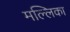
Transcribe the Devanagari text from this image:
मल्‍लिका